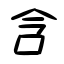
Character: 含